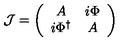
{ \cal J } = \left( \begin{array} { c c } { A } & { i \Phi } \\ { i \Phi ^ { \dag } } & { A } \\ \end{array} \right)